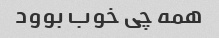
همه چی خوب بوود